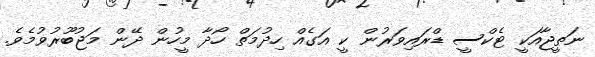
ނަތީޖާއަކީ ޓެކްސީ ޑްރައިވަރުން ކީ އަގެއް ހިދުމަތް ހޯދާ މީހުން ދޭން މަޖުބޫރުވުމެވެ.